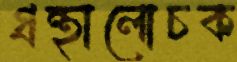
গ্রন্থালোচক